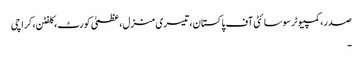
صدر، کمپیوٹر سوسائٹی آف پاکستان، تیسری منزل، عظمیٰ کورٹ ، کلفٹن، کراچی
۔